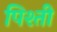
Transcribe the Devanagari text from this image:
पिश्ती